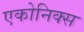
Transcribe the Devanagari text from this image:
एकोनिक्स